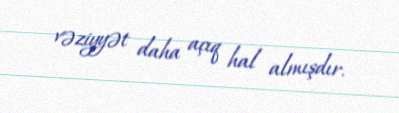
vəziyyət daha açıq hal almışdır.